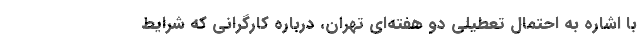
با اشاره به احتمال تعطیلی دو هفته‌ای تهران، درباره کارگرانی که شرایط